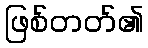
ဖြစ်တတ်၏